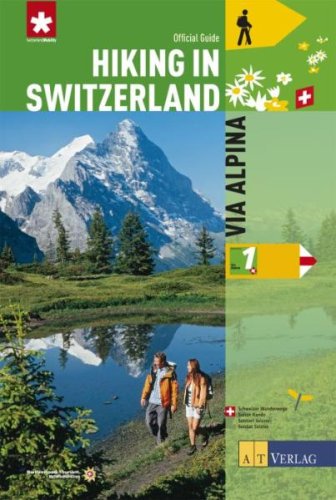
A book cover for Hiking in Switzerland: Via Alpina: National Route 1; Guido Gisler; Travel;